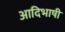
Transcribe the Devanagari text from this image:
आदिभाषी